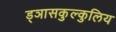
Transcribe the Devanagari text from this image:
ड्ञासकुल्कुलिय